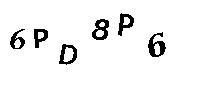
6PD8P6